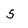
Character: 5